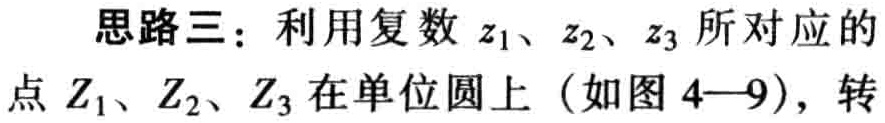
思路三：利用复数 \(z_1、z_2、z_3\) 所对应的
点 \(Z_1、Z_2、Z_3\) 在单位圆上（如图 4—9），转